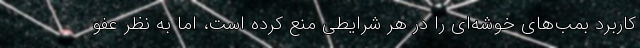
کاربرد بمب‌های خوشه‌ای را در هر شرایطی منع کرده است، اما به نظر عفو